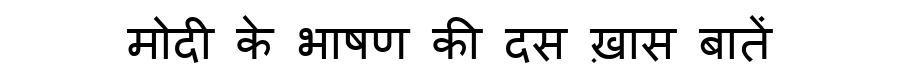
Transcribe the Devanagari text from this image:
मोदी के भाषण की दस ख़ास बातें